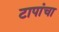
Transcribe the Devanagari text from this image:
टापांचा